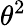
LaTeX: \theta^{2}